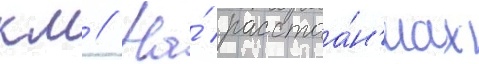
км // На́ расстоа́н'иах